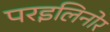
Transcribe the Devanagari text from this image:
परइलिनोर